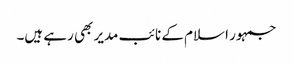
جمہور اسلام کے نائب مدیر بھی رہے ہیں۔